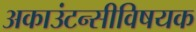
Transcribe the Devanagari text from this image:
अकाउंटन्सीविषयक